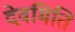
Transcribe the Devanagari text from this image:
देवमिति